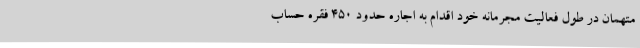
متهمان در طول فعالیت مجرمانه خود اقدام به اجاره حدود ۴۵۰ فقره حساب